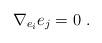
LaTeX: \begin{align*}\begin{array}{ll}\nabla_{e_i} e_j = 0~.\end{array}\end{align*}